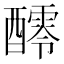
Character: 𨣖